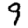
Digit: 9